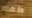
طعام